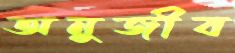
অনুজীব